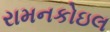
રામનકોઇલ